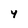
Character: 4